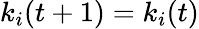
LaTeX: k_{i}(t+1)=k_{i}(t)